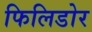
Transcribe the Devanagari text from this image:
फिलिडोर